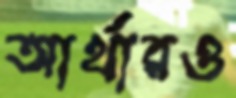
আর্থারও